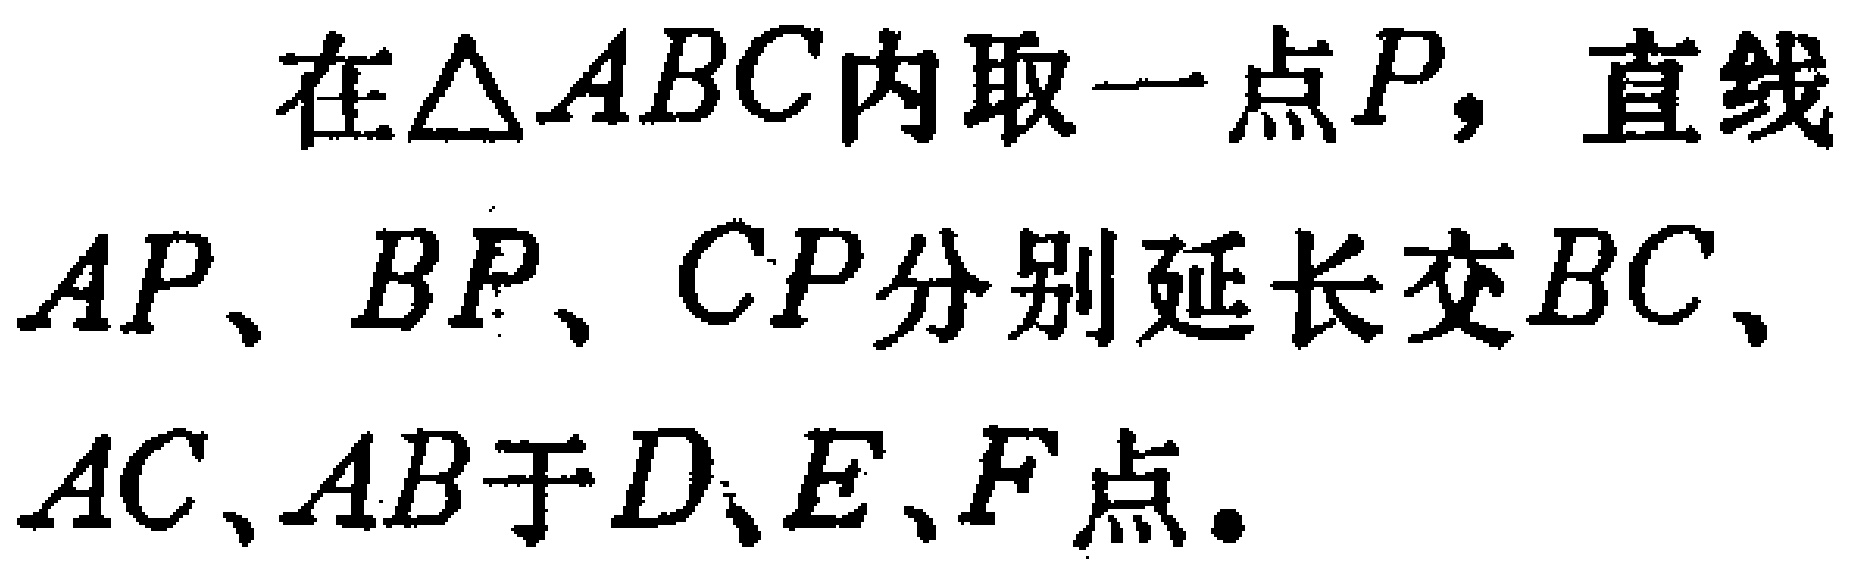
在$\triangle ABC$内取一点$P$，直线$AP$、$BP$、$CP$分别延长交$BC$、$AC$、$AB$于$D$、$E$、$F$点。